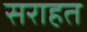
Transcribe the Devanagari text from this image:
सराहत